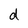
Character: d